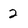
Character: 2